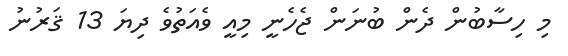
މި ހިސާބުން ދެން ބުނަން ޖެހެނީ މިއީ ވެއަތުވެ ދިޔަ 13 ޤަރުނު